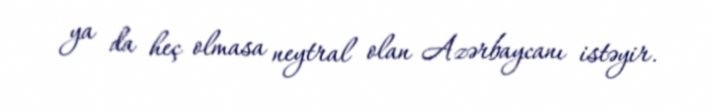
ya da heç olmasa neytral olan Azərbaycanı istəyir.